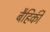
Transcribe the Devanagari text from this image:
बैहिकी